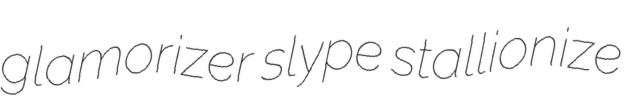
glamorizer slype stallionize